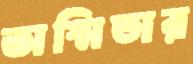
অস্মিতার